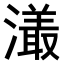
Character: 𤀡